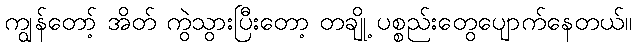
ကျွန်တော့် အိတ် ကွဲသွားပြီးတော့ တချို့ ပစ္စည်းတွေပျောက်နေတယ်။